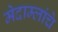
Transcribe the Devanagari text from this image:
मेदाम्लांचे